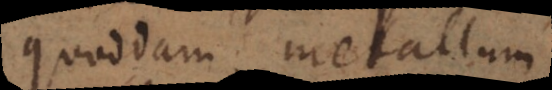
quoddam metallum